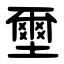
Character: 壐